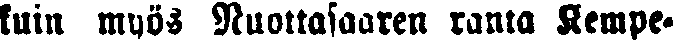
kuin myös Nuottasaaren ranta Kempe-